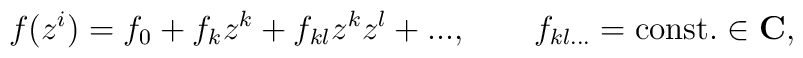
f(z^i)=f_0+f_k z^k+ f_{kl}z^k z^l+..., \qquad f_{kl...}={\rm const.} \in {\bf C},